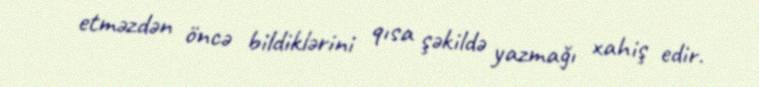
etməzdən öncə bildiklərini qısa şəkildə yazmağı xahiş edir.